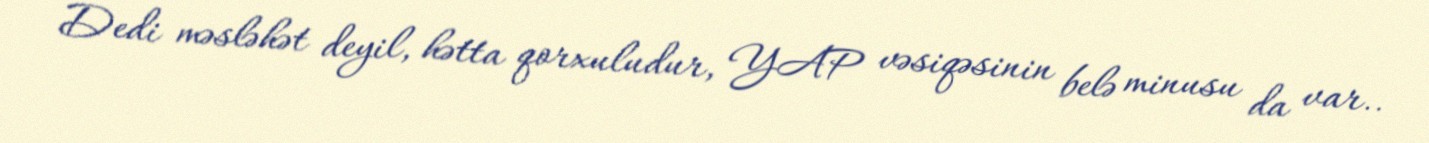
Dedi məsləhət deyil, hətta qorxuludur, YAP vəsiqəsinin belə minusu da var..